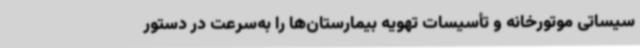
سیساتی موتورخانه و تأسیسات تهویه بیمارستان‌ها را به‌سرعت در دستور